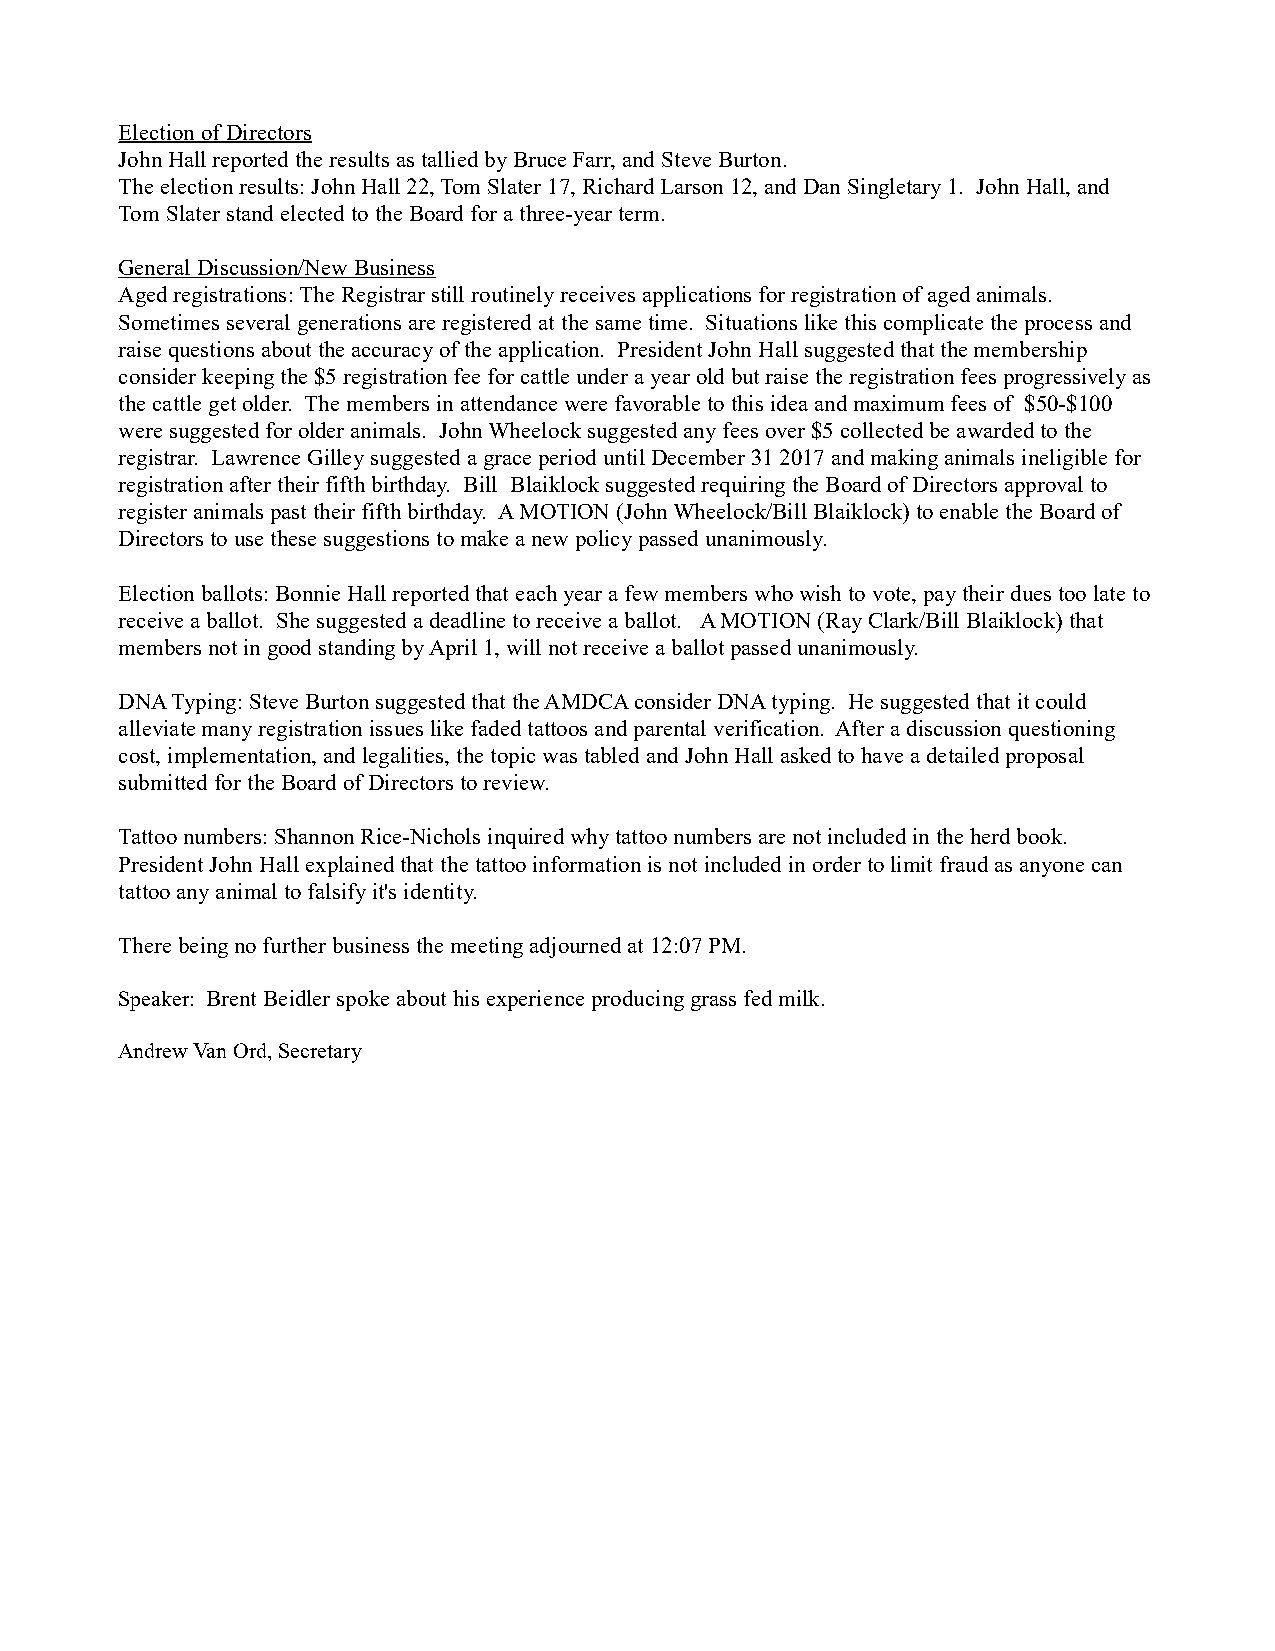
Election of Directors
 John Hall reported the results as tallied by Bruce Farr, and Steve Burton.
 The election results: John Hall 22, Tom Slater 17, Richard Larson 12, and Dan Singletary 1. John Hall, and
 Tom Slater stand elected to the Board for a three-year term.
 General Discussion/New Business
 Aged registrations: The Registrar still routinely receives applications for registration of aged animals.
 Sometimes several generations are registered at the same time. Situations like this complicate the process and
 raise questions about the accuracy of the application. President John Hall suggested that the membership
 consider keeping the $5 registration fee for cattle under a year old but raise the registration fees progressively as
 the cattle get older. The members in attendance were favorable to this idea and maximum fees of $50-$100
 were suggested for older animals. John Wheelock suggested any fees over $5 collected be awarded to the
 registrar. Lawrence Gilley suggested a grace period until December 31 2017 and making animals ineligible for
 registration after their fifth birthday. Bill Blaiklock suggested requiring the Board of Directors approval to
 register animals past their fifth birthday. A MOTION (John Wheelock/Bill Blaiklock) to enable the Board of
 Directors to use these suggestions to make a new policy passed unanimously.
 Election ballots: Bonnie Hall reported that each year a few members who wish to vote, pay their dues too late to
 receive a ballot. She suggested a deadline to receive a ballot. A MOTION (Ray Clark/Bill Blaiklock) that
 members not in good standing by April 1, will not receive a ballot passed unanimously.
 DNA Typing: Steve Burton suggested that the AMDCA consider DNA typing. He suggested that it could
 alleviate many registration issues like faded tattoos and parental verification. After a discussion questioning
 cost, implementation, and legalities, the topic was tabled and John Hall asked to have a detailed proposal
 submitted for the Board of Directors to review.
 Tattoo numbers: Shannon Rice-Nichols inquired why tattoo numbers are not included in the herd book.
 President John Hall explained that the tattoo information is not included in order to limit fraud as anyone can
 tattoo any animal to falsify it's identity.
 There being no further business the meeting adjourned at 12:07 PM.
 Speaker: Brent Beidler spoke about his experience producing grass fed milk.
 Andrew Van Ord, Secretary